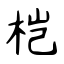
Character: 桤